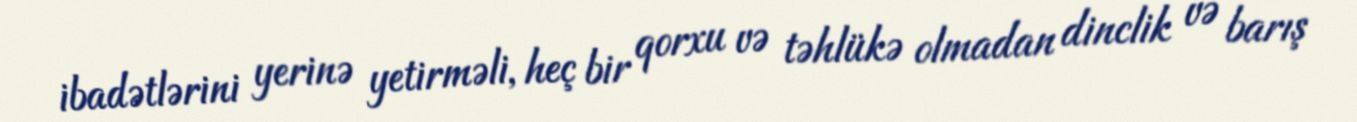
ibadətlərini yerinə yetirməli, heç bir qorxu və təhlükə olmadan dinclik və barış